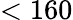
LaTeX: <160